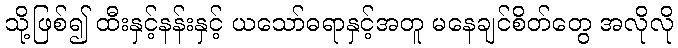
သို့ဖြစ်၍ ထီးနှင့်နန်းနှင့် ယသော်ဓရာနှင့်အတူ မနေချင်စိတ်တွေ အလိုလို